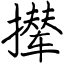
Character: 撵